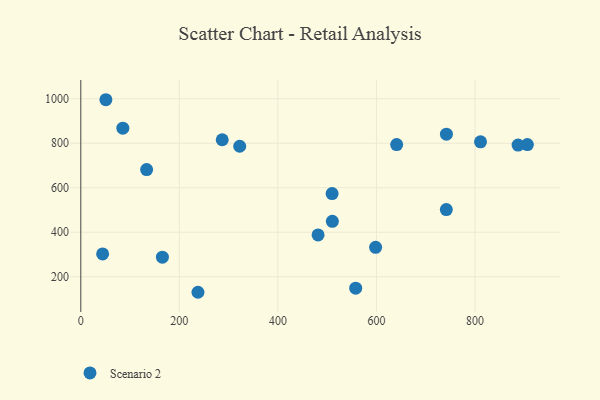
{"axis": {"x": "Investment", "y": "Sales"}, "legend": ["Scenario 2"], "data": [{"x": "481.5", "y": 387.8, "type": "Scenario 2"}, {"x": "598.3", "y": 332.0, "type": "Scenario 2"}, {"x": "741.8", "y": 502.0, "type": "Scenario 2"}, {"x": "510.5", "y": 449.2, "type": "Scenario 2"}, {"x": "287.0", "y": 815.8, "type": "Scenario 2"}, {"x": "44.3", "y": 302.5, "type": "Scenario 2"}, {"x": "50.9", "y": 995.6, "type": "Scenario 2"}, {"x": "742.0", "y": 840.9, "type": "Scenario 2"}, {"x": "887.4", "y": 791.6, "type": "Scenario 2"}, {"x": "811.2", "y": 806.4, "type": "Scenario 2"}, {"x": "133.6", "y": 681.5, "type": "Scenario 2"}, {"x": "237.8", "y": 130.1, "type": "Scenario 2"}, {"x": "510.0", "y": 573.6, "type": "Scenario 2"}, {"x": "322.5", "y": 786.4, "type": "Scenario 2"}, {"x": "906.3", "y": 794.1, "type": "Scenario 2"}, {"x": "165.6", "y": 287.8, "type": "Scenario 2"}, {"x": "85.3", "y": 867.6, "type": "Scenario 2"}, {"x": "557.9", "y": 148.4, "type": "Scenario 2"}, {"x": "641.0", "y": 793.9, "type": "Scenario 2"}]}